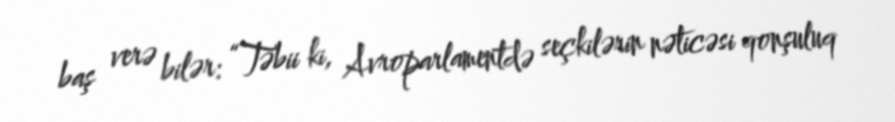
baş verə bilər: “Təbii ki, Avroparlamentdə seçkilərin nəticəsi qonşuluq